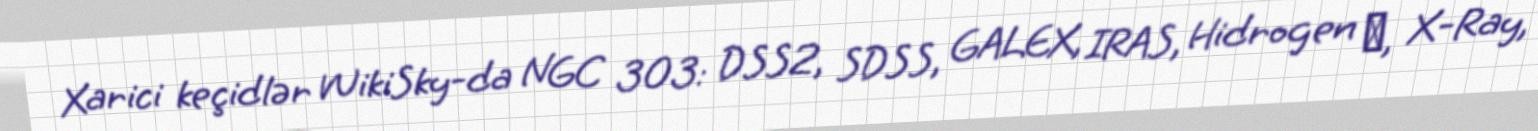
Xarici keçidlər WikiSky-da NGC 303: DSS2, SDSS, GALEX, IRAS, Hidrogen α, X-Ray,